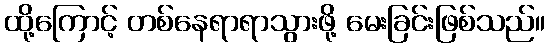
ထို့ကြောင့် တစ်နေရာရာသွားဖို့ မေးခြင်းဖြစ်သည်။